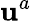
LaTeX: \mathbf{u}^{a}